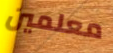
معلمين